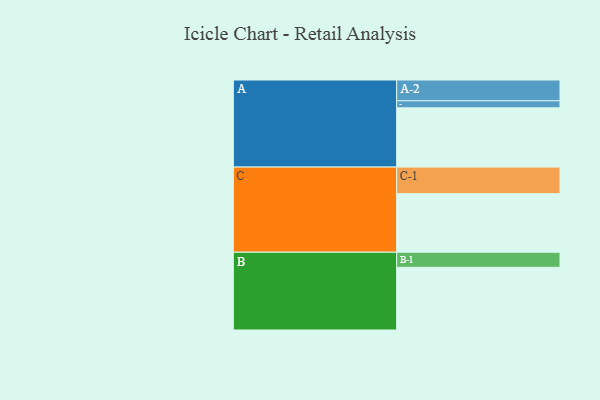
{"axis": {"x": "Segment", "y": "Value"}, "legend": ["", "A", "B", "C"], "data": [{"x": "A", "y": 553, "type": ""}, {"x": "B", "y": 585, "type": ""}, {"x": "C", "y": 547, "type": ""}, {"x": "A-1", "y": 66, "type": "A"}, {"x": "A-2", "y": 194, "type": "A"}, {"x": "B-1", "y": 141, "type": "B"}, {"x": "C-1", "y": 248, "type": "C"}]}